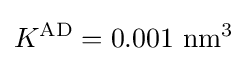
K^{\text{AD}}=\mathrm {0.001\ nm^{3}}